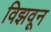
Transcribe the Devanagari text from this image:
विझवून